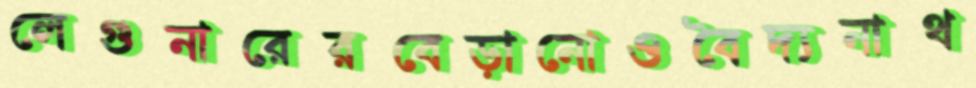
লেগুনারেরবেড়ানোওবৈদ্যনাথ